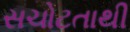
સચોટતાથી